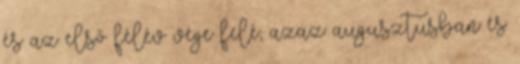
és az első félév vége felé, azaz augusztusban és